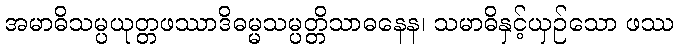
အမာဓိသမ္ပယုတ္တဖဿာဒိဓမ္မသမ္ပတ္တိသာဓနေန၊ သမာဓိနှင့်ယှဉ်သော ဖဿ